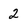
Character: 2